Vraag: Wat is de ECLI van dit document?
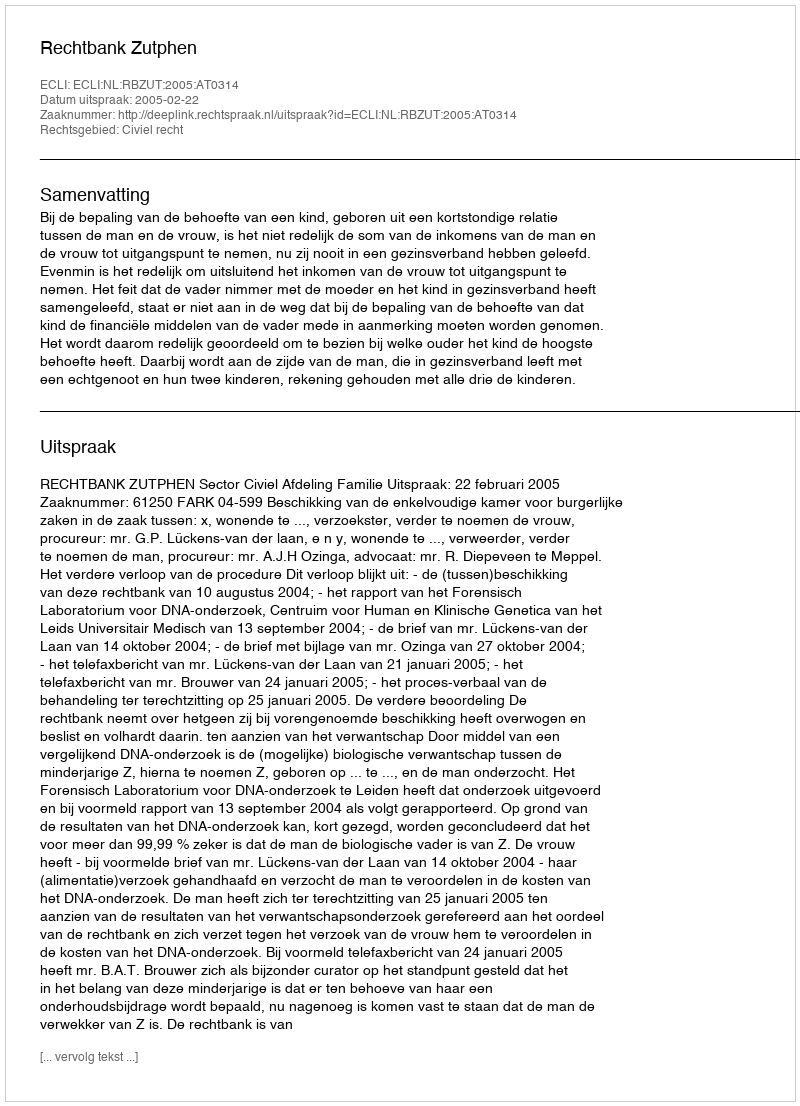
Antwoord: ECLI:NL:RBZUT:2005:AT0314